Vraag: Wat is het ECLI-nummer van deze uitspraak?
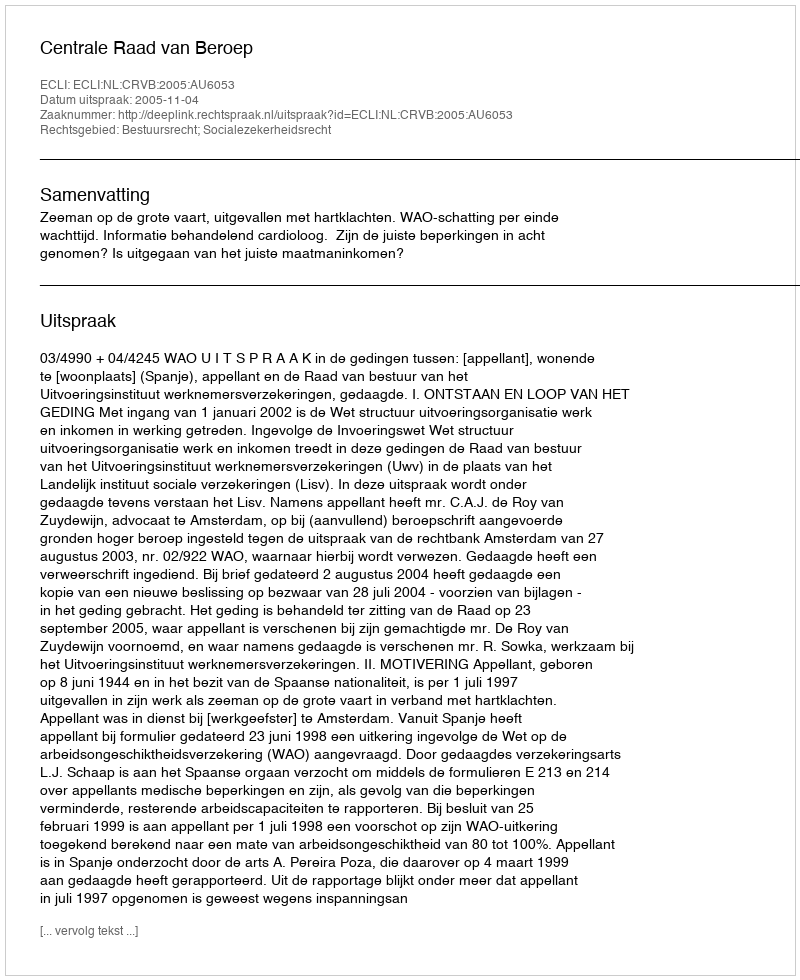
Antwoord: ECLI:NL:CRVB:2005:AU6053